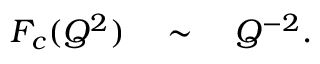
F _ { c } ( Q ^ { 2 } ) \quad \sim \quad Q ^ { - 2 } .